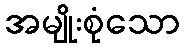
အမျိုးစုံသော